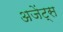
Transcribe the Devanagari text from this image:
अजेंट्स